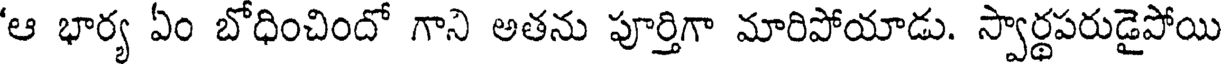
'ఆ భార్య ఏం బోధించిందో గాని అతను పూర్తిగా మారిపోయాడు. స్వార్థపరుడైపోయి